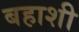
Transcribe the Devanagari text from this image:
बहाशी